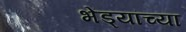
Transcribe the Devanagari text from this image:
भेंड्यांच्या